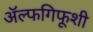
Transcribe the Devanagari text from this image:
ॲल्फगिफूशी